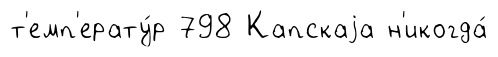
т'емп'ерату́р 798 Капскаjа н'икогда́